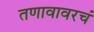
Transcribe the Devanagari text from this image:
तणावावरचं